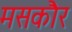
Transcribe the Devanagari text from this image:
मसकौर